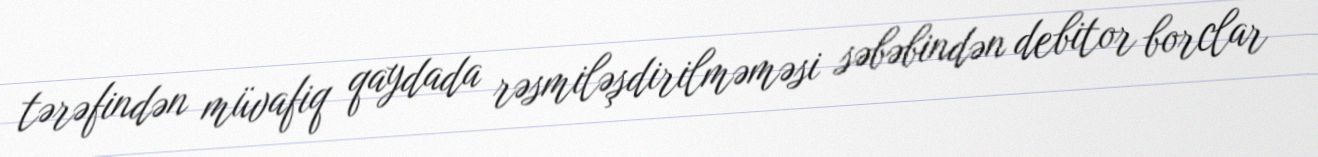
tərəfindən müvafiq qaydada rəsmiləşdirilməməsi səbəbindən debitor borclar